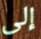
إلى